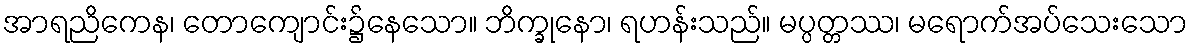
အာရညိကေန၊ တောကျောင်း၌နေသော။ ဘိက္ခုနော၊ ရဟန်းသည်။ မပ္ပတ္တဿ၊ မရောက်အပ်သေးသော